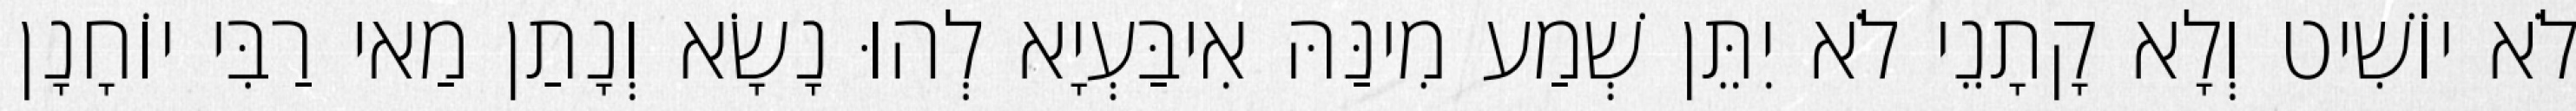
לֹא יוֹשִׁיט וְלָא קָתָנֵי לֹא יִתֵּן שְׁמַע מִינַּהּ אִיבַּעְיָא לְהוּ נָשָׂא וְנָתַן מַאי רַבִּי יוֹחָנָן